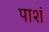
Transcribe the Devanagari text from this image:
पाशं